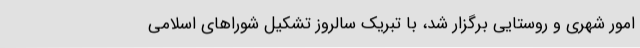
امور شهری و روستایی برگزار شد، با تبریک سالروز تشکیل شورا‌های اسلامی